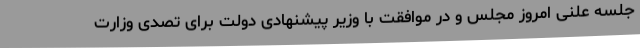
جلسه علنی امروز مجلس و در موافقت با وزیر پیشنهادی دولت برای تصدی وزارت